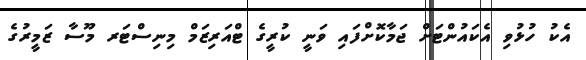
އެކު ހުޅުވި އެކައުންޓަށް ޖަމާކޮށްފައި ވަނީ ކުރީގެ ޓްއަރިޒަމް މިނިސްޓަރ މޫސާ ޒަމީރުގެ